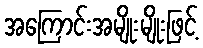
အကြောင်းအမျိုးမျိုးဖြင့်